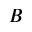
B